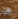
ف